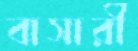
বাসারী